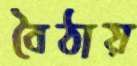
বৈঠায়